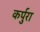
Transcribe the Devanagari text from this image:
कर्पुरा